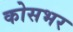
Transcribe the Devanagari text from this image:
कोसभर